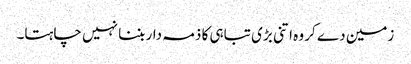
زمین دے کر وہ اتنی بڑی تباہی کا ذمہ دار بننا نہیں چاہتا۔